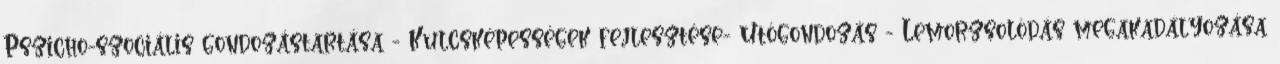
Pszicho-szociális gondozástartása - Kulcsképességek fejlesztése- Utógondozás - Lemorzsolódás megakadályozása